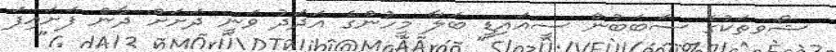
ޝޯވތަކުގެ ސަބަބުން ސީއައިޑީ ބަލާ މީހުންގެ އަދަދު ވަނީ ދަށަށް ދާން ފަށައިފަ